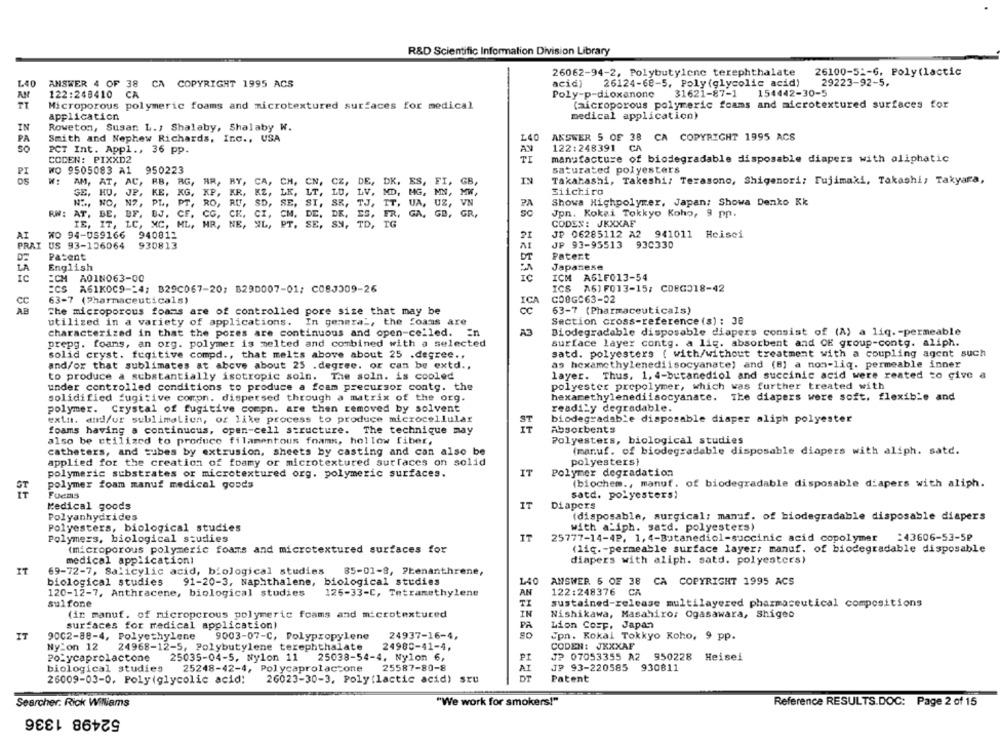
R&D Scientific Information Division Library
26062-94-2, Polybutylene terephthalate
26100-52-6, Poly(lactic
acid)
L40
ANSWER 4 OF 38 CA COPYRIGHT 1995 ACS
26124-68-5, Poly (glycolic acid)
29223-92-5.
AN
122:249410
CA
Poly-p-dioxanone
31621-87-1
154442-30-5
(aicroporous polymeric foams and microtextured surfaces for
Microporous polymeric foams and microtextured surfaces for medical
application
medical application)
IN
Roweton, Susar. L ., Shalaby, Shalaby W.
PA
Smith and Nephew Richards, Inc ., USA
L40
ANSWER 5 OF 38 CA COPYRIGHT 1995 ACS
so
122:248391
CA
PCT Int. Appl ., 36 pp.
AV
COCEN: PIXXD2
TI
manufacture of biodegradable disposable diapers with aliphatic
WO 9505083 A1
950223
saturated polyesters
PI
AM, AT, AC, BB, RG, RR, BY, CA, CH,
CN,
CZ,
DE
DK, ES,
GB
IN
Takahashi, Takeshi: Terasono, Shigenori: Fujimaki, Takashi; Takyara,
GE, HU, JP, KE, KG, KP,
KR,
LR,
LT.
LV,
ND,
Eiichiro
MG, MN,
NO, NO, N2, PL ., PT.
RO,
RU,
SD
SE, SI,
TJ,
IT .
UA .
UZ ,
Showa Highpolymer, Japan; Showa Denko Kk
RW: AT, BE, BF, BJ. CF, CG, CE, CI,
CM, DE.
FR.
GA .
GB.
GR.
Jpn. Kokai Tokkyo Koho, 9 pp.
CODEX: JKXXAF
IE, IT, LC, MC, ML, HR, NE, XL,
PT. SE, SN, TD,
TG
AI
W0 94-059166
940812
JP 06285112 A2
941011 Heisei
PRAI
US 93-126064
930813
JP 93-95513
93C330
Patent
DE
Patent
LA
English
Japanese
IC
ECM A0IN063-00
ICM A61F013-54
:CS A61KOC9 -- 4; B29C067-20; B29D007-01; C08J309-26
ICS A61 F013-15; CD8G318-42
cc
63-7 (Pharmaceuticals)
ICA
CO8GC63-02
AB
The microporous foams are of controlled pore size that may be
63-7 (Pharmaceuticals)
utilized in a variety of applications. In general, the foams are
Section cross-reference (s) : 38
characterized in that the pores are continuous and open-celled. In
A3
Biodegradable disposable diapers consist of (A) a liq. - permeable
prepg. foams, an org. polymer is melted and combined with a selected
surface layer contg. a lig. absorbent and OK group-contg. aliph.
solid cryst. fugitive compd ., that melts above about 25 .degree ..
satd. polyesters ( with/without treatment with a coupling agent such
as hexamethylenediisocyanate) and (8] a non-liq. permeable inner
and/or that sublimates at above about 25 . degree. or can be extd .,
to produce a substantially isotropic soln. The soln. is cooled
layer. Thus. 1. 4-butanediol and succinic acid were reated to give a
polyester prepolymer, which was further treated with
under controlled conditions to produce a foam precursor contg. the
solidified fugitive comon. dispersed through a matrix of the org.
hexarethylenediisocyanate.
The diapers were soft, flexible and
polymer. Crystal of fugitive compn. are then removed by solvent
readily degradable.
extn. and/or sublimaLien, of like process to produce microcellular
biodegradable disposable diaper aliph polyester
foams having a continucus, open-cell structure. The technique may
ST
Absorbents
also be utilized to produce filamentous foams, hollow fiber,
Polyesters, biological studies
catheters, and cubes by extrusion, sheets by casting and can also be
(manuf. of biodegradable disposable diapers with aliph. satd.
applied for the creation of foamy or microtextured surfaces on solid
polyesters)
polymeric substrates or microtextured org. polymeric surfaces.
IT
Polymer degradation
(biochem ., manuf. of biodegradable disposable d'apers with aliph.
polymer foam manut medical goods
Fuems
satd. polyesters)
Diapers
Medical goods
IT
Polyanhydrides
(disposable, surgical; manuf. of biodegradable disposable diapers
Polyesters, biological studies
with a'iph. satd. polyesters)
Polymers, biological studies
25777-14-4P, 1, 4-Butanediol-succinic acid copolymer
:43606-53-5₽
(microporous polymeric foams and microtextured surfaces for
(lic. - permeable surface layer; manuf. of biodegradable disposable
medical applicationi
diapers with aliph. satd. polyestces)
IT
69-72-7, Salicylic acid, biological studies
85-01-9, Pbenanthrene,
biological studies
91-20-3, Naphthalens, biological studies
140
ANSWER. 5 OF 38
CA COPYRIGHT 1995 ACS
120-12-7, Anthracene, biological studies
125-33-C, Tetramethylene
AN
122:248376
CA
sulfone
TI
sustained-release multilayered pharmaceutical compositions
(in manuf. of microporous polymeric foams and microtextured
IN
Nishikawa, Masahiro; Ogasawara, Shigeo
PA
surfaces for medical application)
Lion Cosp. Japan
IT
9002-88-4, Polyethylene
9003-07-C, Polypropylene
24937-16-4,
SO
Jpn. Kokai Tokkyo Koho, 9 pp.
24980-41-4.
CODEN: JXXXAF
Nylon 12
24968-12-5, Polybutylene terephthalate
20%ycaprolactone
25035-04-5, Nylon 11
25038-54-4, Nylon 6,
JP 07053355 A2
950228 Heisei
biological studies
25248-42-4, Polycaprolactone
25587-80-8
AI
JP 93-220585 930811
26009-03-0. Poly(glycolic acid;
26023-30-3, Poly(lactic acid) sru
DT
Patent
Searcher. Rick Williams
"We work for smokers!"
Reference RESULTS.DOC: Page 2 of 15
52498 1336